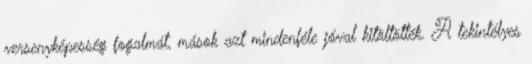
versenyképesség fogalmát, mások azt mindenféle jóval kitöltötték. A tekintélyes